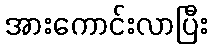
အားကောင်းလာပြီး